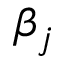
\beta _ { j }